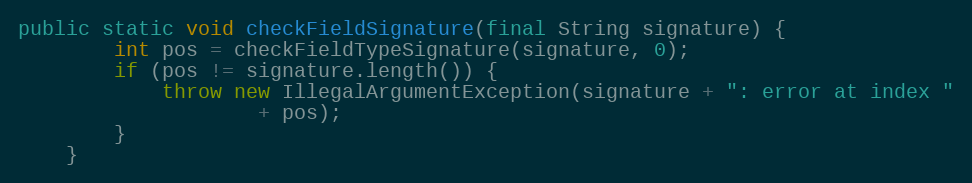
Language: Java
public static void checkFieldSignature(final String signature) {
        int pos = checkFieldTypeSignature(signature, 0);
        if (pos != signature.length()) {
            throw new IllegalArgumentException(signature + ": error at index "
                    + pos);
        }
    }